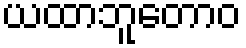
ယထာဘူတောဝ